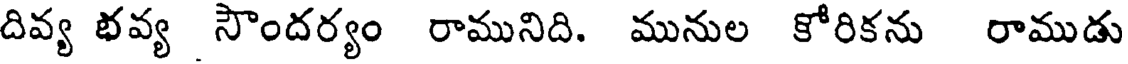
దివ్య భవ్య సౌందర్యం రామునిది. మునుల కోరికను రాముడు